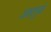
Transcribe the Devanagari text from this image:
अन्नामुळे